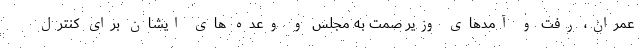
عمران، رفت و آمدهای ‌وزیر صمت به ‌مجلس و وعده های ایشان برای کنترل